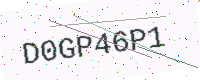
Text: D0GP46P1